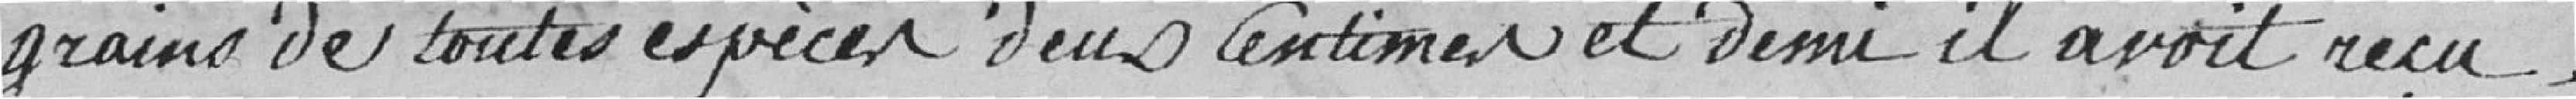
grains de toutes espèces deux centimes et demi il avait reçu